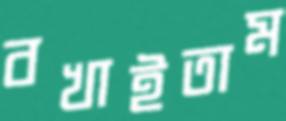
বখাইতাম